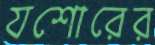
যশোরের